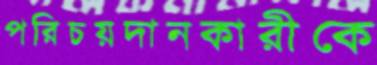
পরিচয়দানকারীকে